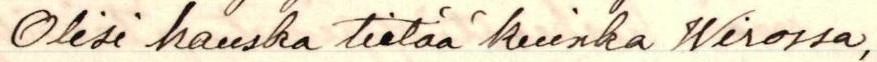
Olisi hauska tietää kuinka Wirossa,